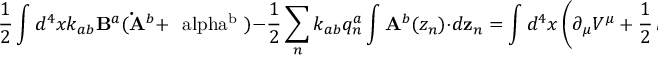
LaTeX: \frac { 1 } { 2 } \int d ^ { 4 } x k _ { a b } { \bf B } ^ { a } ( { \bf \dot { A } } ^ { b } + \mathrm { \boldmath ~ \ a l p h a ^ { b } ~ } ) - \frac { 1 } { 2 } \sum _ { n } k _ { a b } q _ { n } ^ { a } \int { \bf A } ^ { b } ( z _ { n } ) \cdot d { \bf z } _ { n } = \int d ^ { 4 } x \left( \partial _ { \mu } V ^ { \mu } + \frac { 1 } { 2 } \, k _ { a b } \mathrm { \boldmath ~ \ a l p h a ^ { a } \ b e t a ^ { b } ~ } \right) \ .